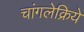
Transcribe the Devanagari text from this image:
चांगलेक्रिये